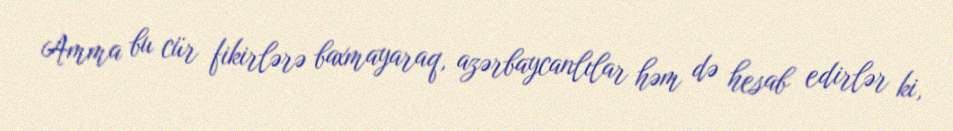
Amma bu cür fikirlərə baxmayaraq, azərbaycanlılar həm də hesab edirlər ki,